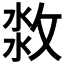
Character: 𣷜